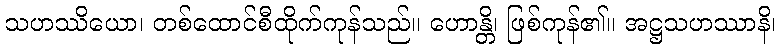
သဟဿိယော၊ တစ်ထောင်စီထိုက်ကုန်သည်။ ဟောန္တိ၊ ဖြစ်ကုန်၏။ အဋ္ဌသဟဿာနိ၊